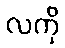
လကို